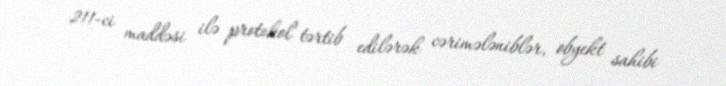
211-ci maddəsi ilə protokol tərtib edilərək cərimələniblər, obyekt sahibi